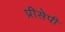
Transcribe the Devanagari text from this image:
प्रीसेपी